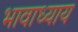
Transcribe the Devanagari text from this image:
भावाध्याय